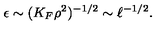
\epsilon \sim ( K _ { F } \rho ^ { 2 } ) ^ { - 1 / 2 } \sim \ell ^ { - 1 / 2 } .